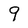
Character: 9